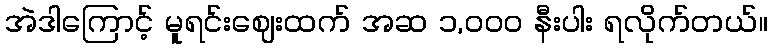
အဲဒါကြောင့် မူရင်းဈေးထက် အဆ ၁,၀၀၀ နီးပါး ရလိုက်တယ်။